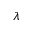
\lambda